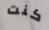
كنت